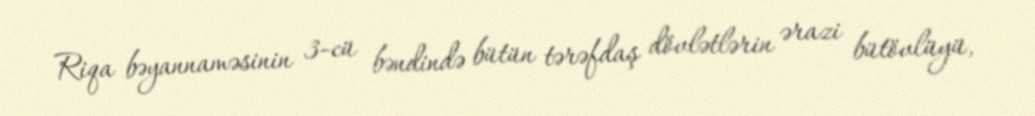
Riqa bəyannaməsinin 3-cü bəndində bütün tərəfdaş dövlətlərin ərazi bütövlüyü,